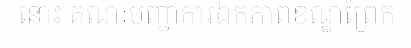
នោះ គណៈបញ្ជាការឯកភាពខណ្ឌព្រែក